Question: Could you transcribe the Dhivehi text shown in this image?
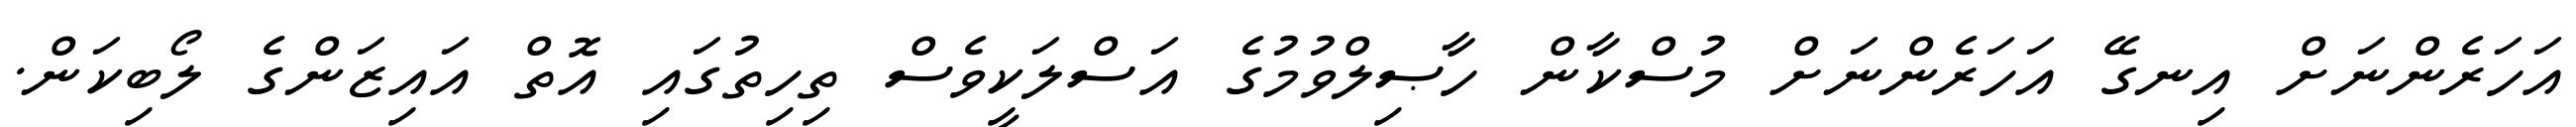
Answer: އަހަރެންނަށް އިނގޭ އަހަރެންނަށް މުސްކާން ހާޞިލްވުމުގެ އަސްލަކީވެސް ތިހިތުގައި އޮތް އައިޒަންގެ ލޯބިކަން.